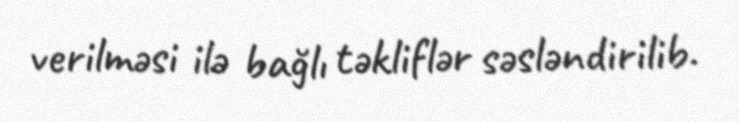
verilməsi ilə bağlı təkliflər səsləndirilib.